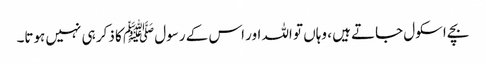
بچے اسکول جاتے ہیں ، وہاں تو اللہ اور اس کے رسول ﷺ کا ذکر ہی نہیں ہوتا۔